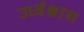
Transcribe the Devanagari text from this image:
उर्ध्वश्वास